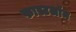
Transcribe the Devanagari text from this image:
फास्टलॉम